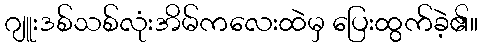
ဂျူးဒစ်သစ်လုံးအိမ်ကလေးထဲမှ ပြေးထွက်ခဲ့၏။